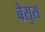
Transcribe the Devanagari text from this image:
बेसुस